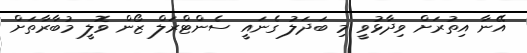
އޭނާ އިތުރަށް ވިދާޅުވީ މި ބަދަލު ގެނައީ ސެންޓްރަލް ޒޯން ވޮލީ މުބާރާތަށް